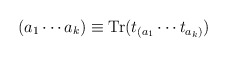
\begin{align*} (a_1\cdots a_k) \equiv {\rm Tr}(t_{(a_1} \cdots t_{a_k)})\end{align*}